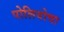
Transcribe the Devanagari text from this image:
पोलियोचा